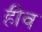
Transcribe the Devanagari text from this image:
हीव